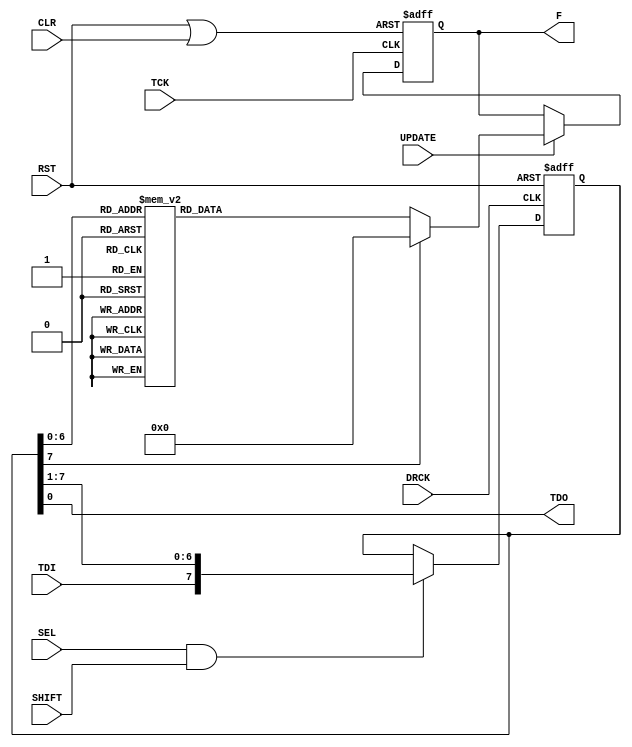
`timescale 1ns / 1ps
//////////////////////////////////////////////////////////////////////////////////
// Company: The Ohio State University
// 
// Design Name: 
// Module Name:    instr_dcd 
// Project Name: 
// Target Devices: 
// Tool versions: 
// Description: 
//
//   Performs instruction register decoding (JTAG User1 register).
//
// Function  Description
// ---------------------------------------
//   0     | No Op 
//   1     | JTAG System Reset (JTAG_SYS_RST), Equivalent to power on reset without reprogramming. Instruction only, (Auto reset)
//   2     | DCFEB status reg (32 bits) shift only for reading back without updating
//   3     | DCFEB status reg (32 bits) capture and shift for updated information.
//   4     | Program Comparator DAC -- same as in old CFEB
//   5     | Set Extra L1a Delay (2 bits) -- not used on DCFEB, exist for compatability with old DMB
//   6     | Read FIFO 1 -- ADC data (16 channels x 12 bits = 192 bits) wide X (6 chips x 8 sample)/event deep
//   7     | Set F5, F8, and F9 in one serial loop (daisy chained) for compatability with old DMB
//   8     | Set Pre Block End (4 bits) (not needed in DCFEB) -- not used on DCFEB, exist for compatability with old DMB
//   9     | Set Comparator Mode and Timing (5 bits) same format as old CFEB
//  10     | Set Buckeye Mask for shifting (6 bits) (default 6'b111111) same format as old CFEB, one bit for each chip
//  11     | Shift data to/from Buckeye chips (48 bits/chip)
//  12     | Set ADC configuration MASK (12 bits)
//  13     | Command to initialize ADC -- Instruction only, (Auto reset)
//  14     | Shift data and write to ADC configuration memory (26 bits)
//  15     | Command to restart pipeline -- Instruction only, (Auto reset)
//  16     | Set pipeline depth (9 bits)
//  17     | Set TTC source (2 bits) Selects 0:FF_EMU_mode, 1:FF_EEM_mode, or 2:Skew_Clr_mode
//  18     | Set calibration mode to external. (only for optical modes) -- Instruction only
//  19     | Set calibration mode to internal. (only for optical modes) -- Instruction only
//  20     | Set number of samples to readout (7 bits).
//  21     | Write word to BPI interface write FIFO (16 bits).
//  22     | Read word from BPI readback FIFO (16 bits).
//  23     | Read status word from BPI interface (16 bits).
//  24     | Read BPI timer (32 bits).
//  25     | Reset BPI interface. -- Instruction only, (Auto reset)
//  26     | Disable BPI processing. -- Instruction only, persisting
//  27     | Enable BPI processing. -- Instruction only, persisting
//  28     | Comparator Clock phase register (4-bits, 0-15).
//  29     | TMB transmit mode (2-bits, 0: comparator data, 1: fixed patterns, 2: counters, 3: randoms, 4: comparator data, 5: half strip patterns).
//  30     | TMB half strips for injecting patterns into the optical serial data stream for transmit mode 5. (30-bits, 5 per layer) {ly6,...ly1}
//  31     | TMB layer mask to indicat the active layers for half strip patterns in transmit mode 5. (6-bits, 1 per layer)
//  32     | Set DAQ rate to 1 GbE (1.25Gbps line rate) -- Instruction only
//  33     | Set DAQ rate to 2.56 GbE (3.2Gbps line rate) -- Instruction only
//  34     | Program Calibration DAC -- same style as Comparator DAC
//  35     | Send Control Byte to the MAX 1271 ADC (and conversion clocks)
//  36     | Read back the MAX 1271 ADC conversion stored in the SPI return register.
//  37     | Read the SEM status (10 bits).
//  38     | Reset the configuration ECC error counters. -- Instruction only, (Auto reset)
//  39     | Read the ECC error counters (16-bits total, {8-bits for multi-bit error count, 8-bits for single-bit error counts})
//  40     | Set L1A_MATCH source to use only matched L1A's (skw_rw_l1a_match). Clear the USE_ANY_L1A flag. -- Instruction only
//  41     | Set L1A_MATCH source to use any L1A to send data (skw_rw_l1a). Set the USE_ANY_L1A flag. -- Instruction only
//  42     | Disable l1anum use in data to ODMB. Clear the L1A_HEAD flag. -- Instruction only
//  43     | Enable l1anum use in data to ODMB. Set the L1A_HEAD flag.  This is the default -- Instruction only
//  44     | Sampling Clock phase register (3-bits, 0-7).
//  45     | PRBS test mode for DAQ optical path (3-bits, 0-7).
//  46     | Inject error into PRBS test for DAQ optical path.
//  47     | Take control of the SEM command interface (only needs to be set after ChipScope Pro has been in control).
//  48     | Reset the double error detected flag (SEM module).
//  49     | Send ASCII command to the SEM controller (8-bits). 
//  50     | Frame Address Register (FAR) in Linear Address format indicating the frame containing the error (24-bits). 
//  51     | Frame Address Register (FAR) in Physical Address format indicating the frame containing the error (24-bits). 
//  52     | Register Selection Word (Reg_Sel_Wrd) for selecting which register to independently capture and readback (8-bits). 
//  53     | Readback Select Register: Register to capture selected register indicated in Reg_Sel_Wrd (16-bits). 
//  54     | QPLL reset: This requires a NoOp afterwards to clear the reset then a Hard reset.  All clocks stop while active. QPLL takes 0.5 seconds to lock. 
//  55     | QPLL lock lost counter (8-bits). 
//  56     | Startup Status register (16-bits).  {qpll_lock,qpll_error,qpll_cnt_ovrflw,1'b0,eos,trg_mmcm_lock,daq_mmcm_lock,adc_rdy,run,al_status[2:0],por_state[3:0]};
//  57     | Read L1A counter (24 bits).
//  58     | Read L1A_MATCH counter (12 bits).
//  59     | Read INJPLS counter (12 bits).
//  60     | Read EXTPLS counter (12 bits).
//  61     | Read BC0 counter (12 bits).
//  62     | Comparator Clock Phase Reset (CMP_PHS_JTAG_RST),  Instruction only, (Auto reset)
//  63     | Toggle transmit disable on DAQ optical transceiver
//  64     | Toggle transmit disable on TRG optical transceiver
//  65     | Enable  ECC for parameters storage in XCF08P PROM Set   the ECC flag. -- Instruction only, persisting  This is the default 
//  66     | Disable ECC for parameters storage in XCF08P PROM Clear the ECC flag. -- Instruction only, persisting
//  67     | Enable  CRC for parameters storage in XCF08P PROM Set   the CRC flag. -- Instruction only, persisting
//  68     | Disable CRC for parameters storage in XCF08P PROM Clear the CRC flag. -- Instruction only, persisting  This is the default 
//  69     | Enable  ECC Decoding for parameters readback of XCF08P PROM Set   the DECODE flag. -- Instruction only, persisting  This is the default 
//  70     | Disable ECC Decoding for parameters readback of XCF08P PROM Clear the DECODE flag. -- Instruction only, persisting
//  71     | Initiate transfer of parameters from XCF08P PROM to readback FIFO -- Instruction only,  (Auto reset)
//  72     | Read word from XCF08P PROM readback FIFO (16 bits).
//  73     | Enable  GBT Testing mode -- Instruction only, persisting 
//  74     | Disable GBT Testing mode -- Instruction only, persisting  This is the default
//  75     | Enable power to GBT -- Instruction only, persisting  This is the default 
//  76     | Disable power to GBT -- Instruction only, persisting
//  77     | Write Byte to I2C write FIFO (8 bits).
//  78     | Read Byte from I2C readback FIFO (8 bits).
//  79     | Read I2C status word from I2C interface (8 bits).
//  80     | Reset I2C interface. -- Instruction only, (Auto reset)
//  81     | Start I2C processing. -- Instruction only, persisting until new command or processing completed
//
// Revision: 
// Revision 0.01 - File Created
// Additional Comments: 
//
//////////////////////////////////////////////////////////////////////////////////
module instr_dcd(
  input TCK,
  input DRCK,
  input SEL,
  input TDI,
  input UPDATE,
  input SHIFT,
  input RST,
  input CLR,            // clear current instruction
  output reg [95:0] F,
  output TDO);

  reg[7:0] d;
  wire rst_f;
  
  assign TDO = d[0];
  assign rst_f = RST | CLR;
  
  always @(posedge DRCK or posedge RST) begin
    if (RST)
	   d <= 8'h00;
	 else
      if (SEL & SHIFT)
        d <= {TDI,d[7:1]};
		else
		  d <= d;
  end
  
  always @(posedge TCK or posedge rst_f) begin
    if(rst_f)
	   F <= 96'h000000000000000000000000;
	 else
	   if(UPDATE)
		  case (d)
		    8'h00:   F <= 96'h000000000000000000000001;
		    8'h01:   F <= 96'h000000000000000000000002;
		    8'h02:   F <= 96'h000000000000000000000004;
		    8'h03:   F <= 96'h000000000000000000000008;
		    8'h04:   F <= 96'h000000000000000000000010;
		    8'h05:   F <= 96'h000000000000000000000020;
		    8'h06:   F <= 96'h000000000000000000000040;
		    8'h07:   F <= 96'h000000000000000000000080;
		    8'h08:   F <= 96'h000000000000000000000100;
		    8'h09:   F <= 96'h000000000000000000000200;
		    8'h0A:   F <= 96'h000000000000000000000400;
		    8'h0B:   F <= 96'h000000000000000000000800;
		    8'h0C:   F <= 96'h000000000000000000001000;
		    8'h0D:   F <= 96'h000000000000000000002000;
		    8'h0E:   F <= 96'h000000000000000000004000;
		    8'h0F:   F <= 96'h000000000000000000008000;
			 
		    8'h10:   F <= 96'h000000000000000000010000;
		    8'h11:   F <= 96'h000000000000000000020000;
		    8'h12:   F <= 96'h000000000000000000040000;
		    8'h13:   F <= 96'h000000000000000000080000;
		    8'h14:   F <= 96'h000000000000000000100000;
		    8'h15:   F <= 96'h000000000000000000200000;
		    8'h16:   F <= 96'h000000000000000000400000;
		    8'h17:   F <= 96'h000000000000000000800000;
		    8'h18:   F <= 96'h000000000000000001000000;
		    8'h19:   F <= 96'h000000000000000002000000;
		    8'h1A:   F <= 96'h000000000000000004000000;
		    8'h1B:   F <= 96'h000000000000000008000000;
		    8'h1C:   F <= 96'h000000000000000010000000;
		    8'h1D:   F <= 96'h000000000000000020000000;
		    8'h1E:   F <= 96'h000000000000000040000000;
		    8'h1F:   F <= 96'h000000000000000080000000;
			 
		    8'h20:   F <= 96'h000000000000000100000000;
		    8'h21:   F <= 96'h000000000000000200000000;
		    8'h22:   F <= 96'h000000000000000400000000;
		    8'h23:   F <= 96'h000000000000000800000000;
		    8'h24:   F <= 96'h000000000000001000000000;
		    8'h25:   F <= 96'h000000000000002000000000;
		    8'h26:   F <= 96'h000000000000004000000000;
		    8'h27:   F <= 96'h000000000000008000000000;
		    8'h28:   F <= 96'h000000000000010000000000;
		    8'h29:   F <= 96'h000000000000020000000000;
		    8'h2A:   F <= 96'h000000000000040000000000;
		    8'h2B:   F <= 96'h000000000000080000000000;
		    8'h2C:   F <= 96'h000000000000100000000000;
		    8'h2D:   F <= 96'h000000000000200000000000;
		    8'h2E:   F <= 96'h000000000000400000000000;
		    8'h2F:   F <= 96'h000000000000800000000000;
			 
		    8'h30:   F <= 96'h000000000001000000000000;
		    8'h31:   F <= 96'h000000000002000000000000;
		    8'h32:   F <= 96'h000000000004000000000000;
		    8'h33:   F <= 96'h000000000008000000000000;
		    8'h34:   F <= 96'h000000000010000000000000;
		    8'h35:   F <= 96'h000000000020000000000000;
		    8'h36:   F <= 96'h000000000040000000000000;
		    8'h37:   F <= 96'h000000000080000000000000;
		    8'h38:   F <= 96'h000000000100000000000000;
		    8'h39:   F <= 96'h000000000200000000000000;
		    8'h3A:   F <= 96'h000000000400000000000000;
		    8'h3B:   F <= 96'h000000000800000000000000;
		    8'h3C:   F <= 96'h000000001000000000000000;
		    8'h3D:   F <= 96'h000000002000000000000000;
		    8'h3E:   F <= 96'h000000004000000000000000;
		    8'h3F:   F <= 96'h000000008000000000000000;
			 
		    8'h40:   F <= 96'h000000010000000000000000;
		    8'h41:   F <= 96'h000000020000000000000000;
		    8'h42:   F <= 96'h000000040000000000000000;
		    8'h43:   F <= 96'h000000080000000000000000;
		    8'h44:   F <= 96'h000000100000000000000000;
		    8'h45:   F <= 96'h000000200000000000000000;
		    8'h46:   F <= 96'h000000400000000000000000;
		    8'h47:   F <= 96'h000000800000000000000000;
		    8'h48:   F <= 96'h000001000000000000000000;
		    8'h49:   F <= 96'h000002000000000000000000;
		    8'h4A:   F <= 96'h000004000000000000000000;
		    8'h4B:   F <= 96'h000008000000000000000000;
		    8'h4C:   F <= 96'h000010000000000000000000;
		    8'h4D:   F <= 96'h000020000000000000000000;
		    8'h4E:   F <= 96'h000040000000000000000000;
		    8'h4F:   F <= 96'h000080000000000000000000;
			 
		    8'h50:   F <= 96'h000100000000000000000000;
		    8'h51:   F <= 96'h000200000000000000000000;
		    8'h52:   F <= 96'h000400000000000000000000;
		    8'h53:   F <= 96'h000800000000000000000000;
		    8'h54:   F <= 96'h001000000000000000000000;
		    8'h55:   F <= 96'h002000000000000000000000;
		    8'h56:   F <= 96'h004000000000000000000000;
		    8'h57:   F <= 96'h008000000000000000000000;
		    8'h58:   F <= 96'h010000000000000000000000;
		    8'h59:   F <= 96'h020000000000000000000000;
		    8'h5A:   F <= 96'h040000000000000000000000;
		    8'h5B:   F <= 96'h080000000000000000000000;
		    8'h5C:   F <= 96'h100000000000000000000000;
		    8'h5D:   F <= 96'h200000000000000000000000;
		    8'h5E:   F <= 96'h400000000000000000000000;
		    8'h5F:   F <= 96'h800000000000000000000000;
		    default: F <= 96'h000000000000000000000000;
		  endcase
		else
		  F <= F;
  end
  
endmodule